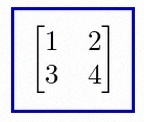
\begin{bmatrix}1&2\\3&4\end{bmatrix}